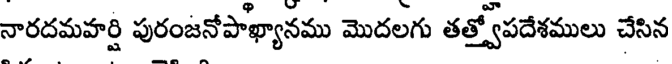
నారదమహర్షి పురంజనోపాఖ్యానము మొదలగు తత్త్వోపదేశములు చేసిన